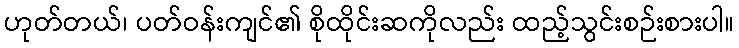
ဟုတ်တယ်၊ ပတ်ဝန်းကျင်၏ စိုထိုင်းဆကိုလည်း ထည့်သွင်းစဉ်းစားပါ။